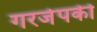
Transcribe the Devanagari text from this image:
गरजेपकी